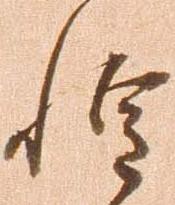
惶